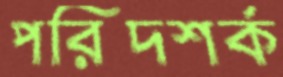
পরিদশর্ক